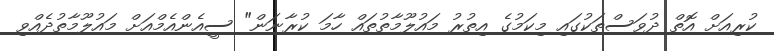
ކުރިއަށް އޮތް ދުވަސްތަކުގައި މިކަމުގެ އިތުރު މައުލޫމާތުތައް ހާމަ ކުރާނަން" ސީއެންއެމްއަށް މައުލޫމާތުދެއްވި